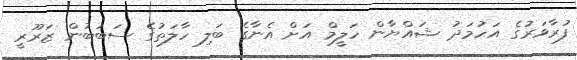
ފުރާވަރުގެ އަހުމަދު ޝައްޔާން ހަލީމް އަށް އެނާގެ ބަލި ހާލަތުގެ ސަބަބުން ޒަރޫރީ